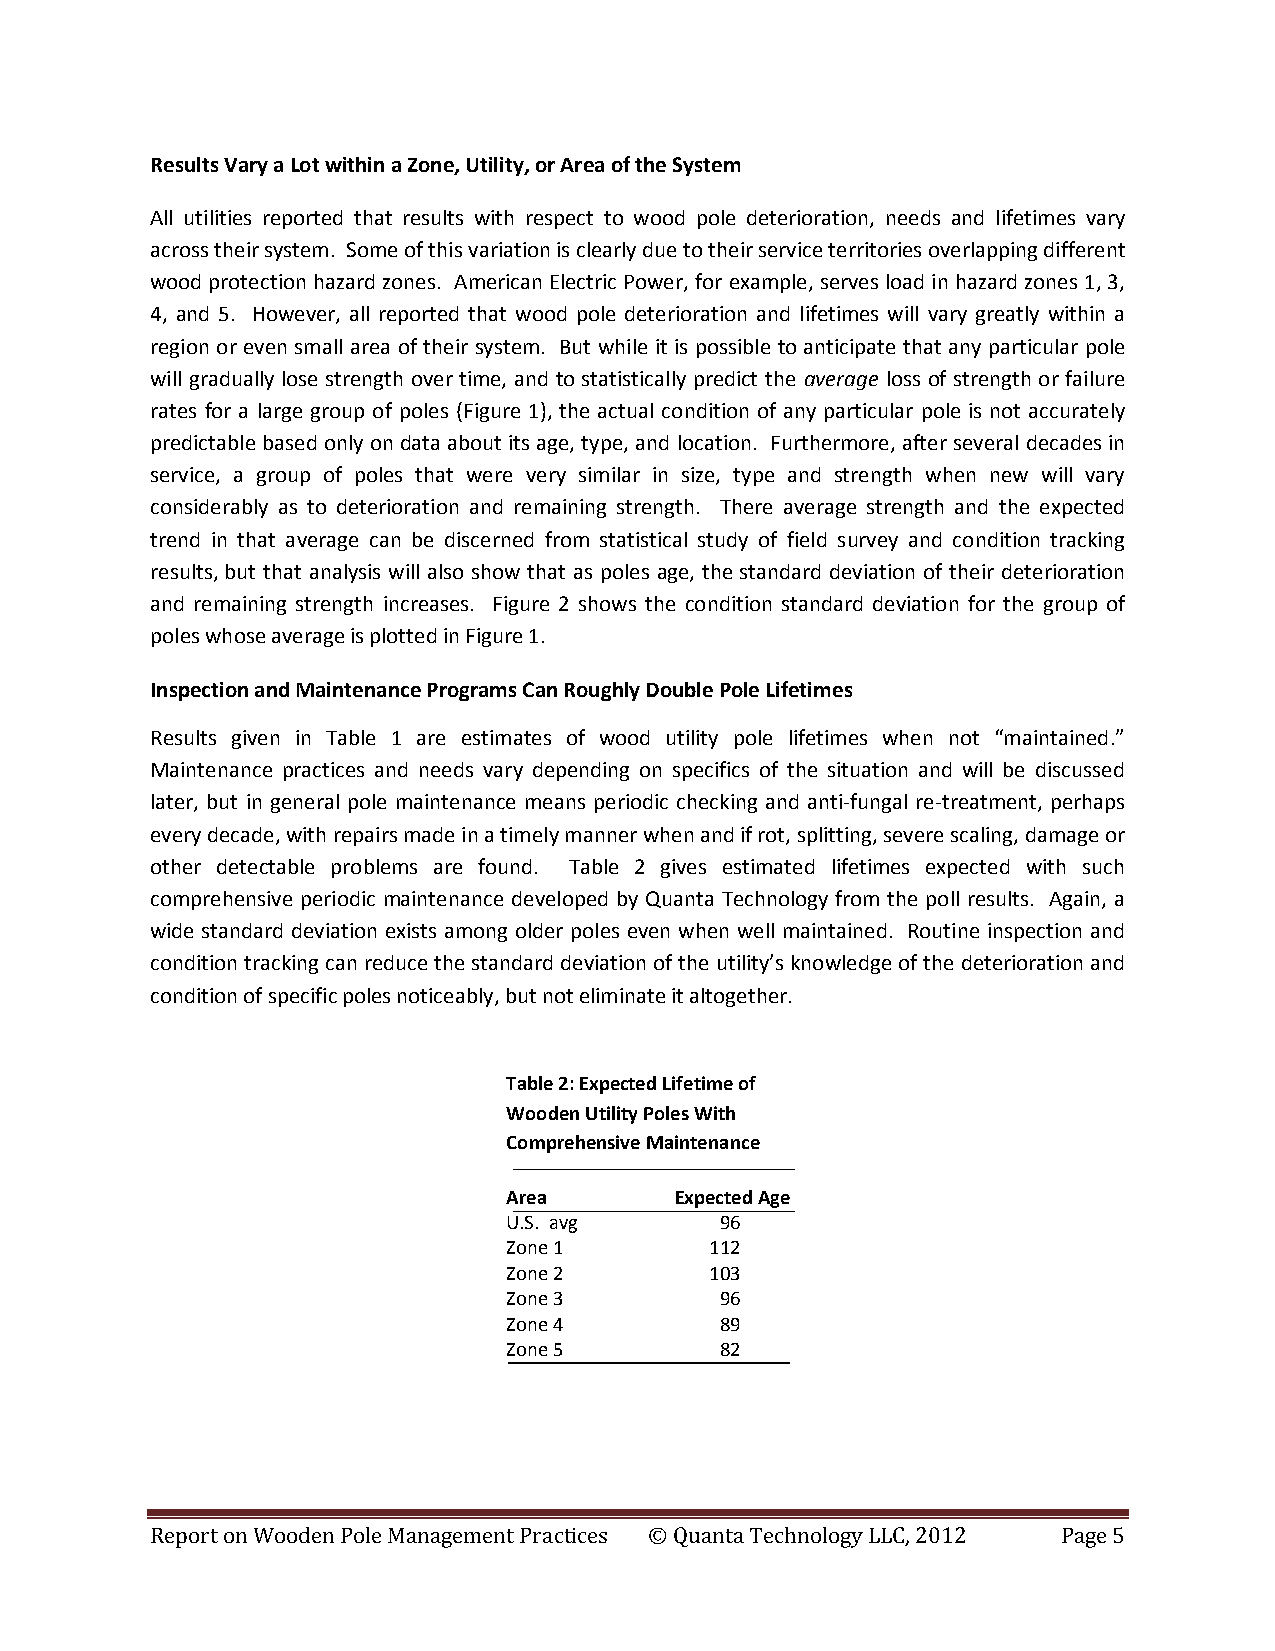
Results Vary a Lot within a Zone, Utility, or Area of the System
 All utilities reported that results with respect to wood pole deterioration, needs and lifetimes vary
 across their system. Some of this variation is clearly due to their service territories overlapping different
 wood protection hazard zones. American Electric Power, for example, serves load in hazard zones 1, 3,
 4, and 5. However, all reported that wood pole deterioration and lifetimes will vary greatly within a
 region or even small area of their system. But while it is possible to anticipate that any particular pole
 will gradually lose strength over time, and to statistically predict the average loss of strength or failure
 rates for a large group of poles (Figure 1), the actual condition of any particular pole is not accurately
 predictable based only on data about its age, type, and location. Furthermore, after several decades in
 service, a group of poles that were very similar in size, type and strength when new will vary
 considerably as to deterioration and remaining strength. There average strength and the expected
 trend in that average can be discerned from statistical study of field survey and condition tracking
 results, but that analysis will also show that as poles age, the standard deviation of their deterioration
 and remaining strength increases. Figure 2 shows the condition standard deviation for the group of
 poles whose average is plotted in Figure 1.
 Inspection and Maintenance Programs Can Roughly Double Pole Lifetimes
 Results given in Table 1 are estimates of wood utility pole lifetimes when not “maintained.”
 Maintenance practices and needs vary depending on specifics of the situation and will be discussed
 later, but in general pole maintenance means periodic checking and anti-fungal re-treatment, perhaps
 every decade, with repairs made in a timely manner when and if rot, splitting, severe scaling, damage or
 other detectable problems are found. Table 2 gives estimated lifetimes expected with such
 comprehensive periodic maintenance developed by Quanta Technology from the poll results. Again, a
 wide standard deviation exists among older poles even when well maintained. Routine inspection and
 condition tracking can reduce the standard deviation of the utility’s knowledge of the deterioration and
 condition of specific poles noticeably, but not eliminate it altogether.
 Table 2: Expected Lifetime of
 Wooden Utility Poles With
 Comprehensive Maintenance
 Area       Expected Age
 U.S. avg      96
 Zone 1       112
 Zone 2       103
 Zone 3        96
 Zone 4        89
 Zone 5        82
 Report on Wooden Pole Management Practices © Quanta Technology LLC, 2012 Page 5